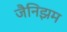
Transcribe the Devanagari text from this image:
जैनिझम